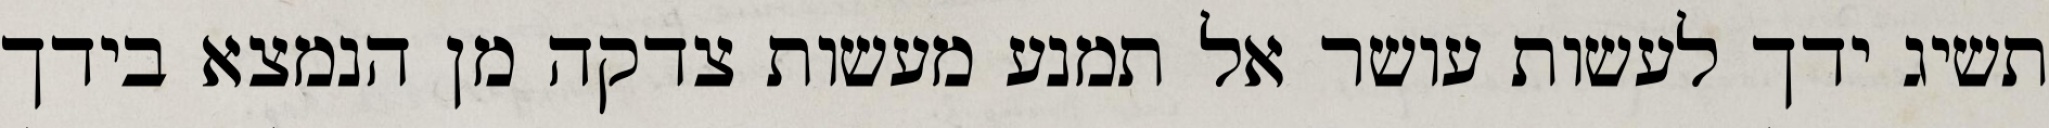
תשיג ידך לעשות עושר אל תמנע מעשות צדקה מן הנמצא בידך